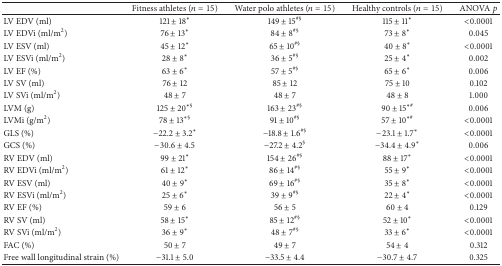
<table><thead><tr><td><b> </b></td><td><b>Fitness athletes (<i>n</i> = 15)</b></td><td><b>Water polo athletes (<i>n</i> = 15)</b></td><td><b>Healthy controls (<i>n</i> = 15)</b></td><td><b>ANOVA <i>p</i></b></td></tr></thead><tbody><tr><td>LV EDV (ml)</td><td>121<b> ± </b>18<sup><i>∗</i></sup></td><td>149<b> ± </b>15<sup>#§</sup></td><td>115<b> ± </b>11<sup><i>∗</i></sup></td><td>&lt;0.0001</td></tr><tr><td>LV EDVi (ml/m<sup>2</sup>)</td><td>76<b> ± </b>13<sup><i>∗</i></sup></td><td>84<b> ± </b>8<sup>#§</sup></td><td>73<b> ± </b>8<sup><i>∗</i></sup></td><td>0.045</td></tr><tr><td>LV ESV (ml)</td><td>45<b> ± </b>12<sup><i>∗</i></sup></td><td>65<b> ± </b>10<sup>#§</sup></td><td>40<b> ± </b>8<sup><i>∗</i></sup></td><td>&lt;0.0001</td></tr><tr><td>LV ESVi (ml/m<sup>2</sup>)</td><td>28<b> ± </b>8<sup><i>∗</i></sup></td><td>36<b> ± </b>5<sup>#§</sup></td><td>25<b> ± </b>4<sup><i>∗</i></sup></td><td>0.002</td></tr><tr><td>LV EF (%)</td><td>63<b> ± </b>6<sup><i>∗</i></sup></td><td>57<b> ± </b>5<sup>#§</sup></td><td>65<b> ± </b>6<sup><i>∗</i></sup></td><td>0.006</td></tr><tr><td>LV SV (ml)</td><td>76<b> ± </b>12</td><td>85<b> ± </b>12</td><td>75<b> ± </b>10</td><td>0.102</td></tr><tr><td>LV SVi (ml/m<sup>2</sup>)</td><td>48<b> ± </b>7</td><td>48<b> ± </b>7</td><td>48<b> ± </b>8</td><td>1.000</td></tr><tr><td>LVM (g)</td><td>125<b> ± </b>20<sup><i>∗</i>§</sup></td><td>163<b> ± </b>23<sup>#§</sup></td><td>90<b> ± </b>15<sup><i>∗</i>#</sup></td><td>0.006</td></tr><tr><td>LVMi (g/m<sup>2</sup>)</td><td>78<b> ± </b>13<sup><i>∗</i>§</sup></td><td>91<b> ± </b>10<sup>#§</sup></td><td>57<b> ± </b>10<sup><i>∗</i>#</sup></td><td>&lt;0.0001</td></tr><tr><td>GLS (%)</td><td>−22.2<b> ± </b>3.2<sup><i>∗</i></sup></td><td>−18.8<b> ± </b>1.6<sup>#§</sup></td><td>−23.1<b> ± </b>1.7<sup><i>∗</i></sup></td><td>&lt;0.0001</td></tr><tr><td>GCS (%)</td><td>−30.6<b> ± </b>4.5</td><td>−27.2<b> ± </b>4.2<sup>§</sup></td><td>−34.4<b> ± </b>4.9<sup><i>∗</i></sup></td><td>0.006</td></tr><tr><td>RV EDV (ml)</td><td>99<b> ± </b>21<sup><i>∗</i></sup></td><td>154<b> ± </b>26<sup>#§</sup></td><td>88<b> ± </b>17<sup><i>∗</i></sup></td><td>&lt;0.0001</td></tr><tr><td>RV EDVi (ml/m<sup>2</sup>)</td><td>61<b> ± </b>12<sup><i>∗</i></sup></td><td>86<b> ± </b>14<sup>#§</sup></td><td>55<b> ± </b>9<sup><i>∗</i></sup></td><td>&lt;0.0001</td></tr><tr><td>RV ESV (ml)</td><td>40<b> ± </b>9<sup><i>∗</i></sup></td><td>69<b> ± </b>16<sup>#§</sup></td><td>35<b> ± </b>8<sup><i>∗</i></sup></td><td>&lt;0.0001</td></tr><tr><td>RV ESVi (ml/m<sup>2</sup>)</td><td>25<b> ± </b>6<sup><i>∗</i></sup></td><td>39<b> ± </b>9<sup>#§</sup></td><td>22<b> ± </b>4<sup><i>∗</i></sup></td><td>&lt;0.0001</td></tr><tr><td>RV EF (%)</td><td>59<b> ± </b>6</td><td>56<b> ± </b>5</td><td>60<b> ± </b>4</td><td>0.129</td></tr><tr><td>RV SV (ml)</td><td>58<b> ± </b>15<sup><i>∗</i></sup></td><td>85<b> ± </b>12<sup>#§</sup></td><td>52<b> ± </b>10<sup><i>∗</i></sup></td><td>&lt;0.0001</td></tr><tr><td>RV SVi (ml/m<sup>2</sup>)</td><td>36<b> ± </b>9<sup><i>∗</i></sup></td><td>48<b> ± </b>7<sup>#§</sup></td><td>33<b> ± </b>6<sup><i>∗</i></sup></td><td>&lt;0.0001</td></tr><tr><td>FAC (%)</td><td>50<b> ± </b>7</td><td>49<b> ± </b>7</td><td>54<b> ± </b>4</td><td>0.312</td></tr><tr><td>Free wall longitudinal strain (%)</td><td>−31.1<b> ± </b>5.0</td><td>−33.5<b> ± </b>4.4</td><td>−30.7<b> ± </b>4.7</td><td>0.325</td></tr></tbody></table>